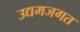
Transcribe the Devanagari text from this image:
उद्यमजगत